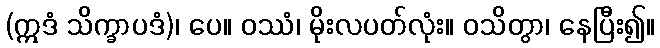
(ဣဒံ သိက္ခာပဒံ)၊ ပေ။ ဝဿံ၊ မိုးလပတ်လုံး။ ဝသိတွာ၊ နေပြီး၍။